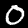
Digit: 0